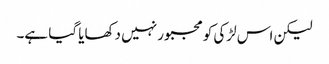
لیکن اس لڑکی کو مجبور نہیں دکھایا گیا ہے۔